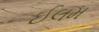
ઈલમ